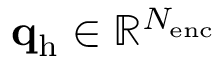
\mathbf { q } _ { \mathrm { h } } \in \mathbb { R } ^ { N _ { \mathrm { e n c } } }